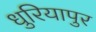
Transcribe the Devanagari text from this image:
धुरियापुर